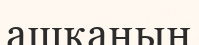
ашқаның